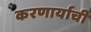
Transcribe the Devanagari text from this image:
करणार्याची